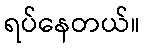
ရပ်နေတယ်။